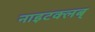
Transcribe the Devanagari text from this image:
नाइटक्लब्